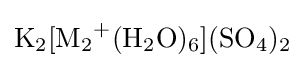
{\ce {K2[M2+(H2O)6](SO4)2}}